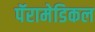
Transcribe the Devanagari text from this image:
पॅरामेडिकल